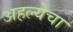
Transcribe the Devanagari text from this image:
अहल्येचा